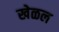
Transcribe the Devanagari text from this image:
खेळल